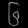
Digit: ၆